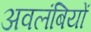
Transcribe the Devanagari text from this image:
अवलंबियों